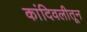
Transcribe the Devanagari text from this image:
कांदिवलीतून